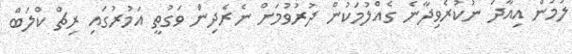
ލުމުން އިއާދަ ނުކުރެވިދާނެ ގެއްލުމަކުން ދުރުވުމަށް ނެރެދިން ވަގުތީ އަމުރުގައި ރިޗް ކްލަބް